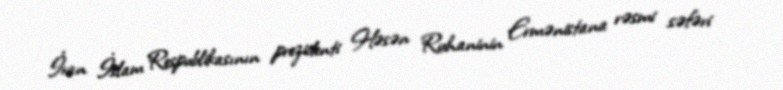
İran İslam Respublikasının prezidenti Həsən Ruhaninin Ermənistana rəsmi səfəri